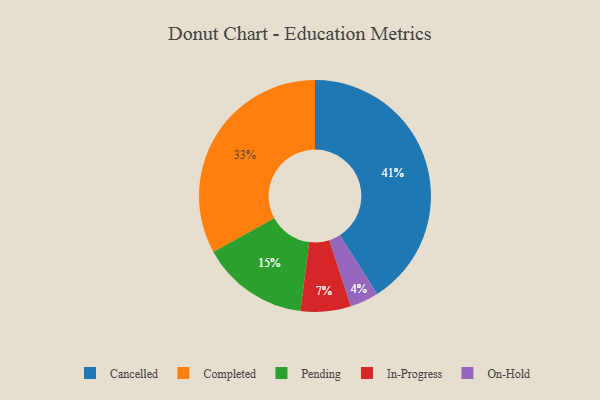
{"axis": {"x": "Category", "y": "Percentage"}, "legend": ["Cancelled", "Completed", "In-Progress", "On-Hold", "Pending"], "data": [{"x": "Completed", "y": 33, "type": "Completed"}, {"x": "On-Hold", "y": 4, "type": "On-Hold"}, {"x": "In-Progress", "y": 7, "type": "In-Progress"}, {"x": "Pending", "y": 15, "type": "Pending"}, {"x": "Cancelled", "y": 41, "type": "Cancelled"}]}